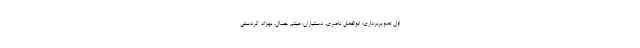
اول تصویربرداری: ابوالفضل ناصری، دستیاران: میثم جمال، بهزاد کردستی